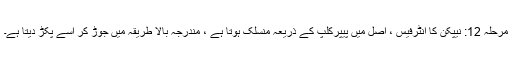
مرحلہ 12: نیپکن کا انٹرفیس ، اصل میں پیپرکلپ کے ذریعہ منسلک ہوتا ہے ، مندرجہ بالا طریقہ میں جوڑ کر اسے پکڑ دیتا ہے۔